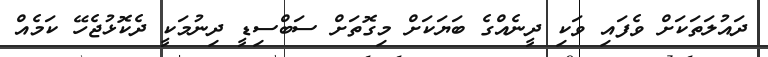
ދައުލަތަކަށް ވެފައި ވަކި ދީނެއްގެ ބަޔަކަށް މިގޮތަށް ސަބްސިޑީ ދިނުމަކީ ދެކޮޅުޖެހޭ ކަމެއް